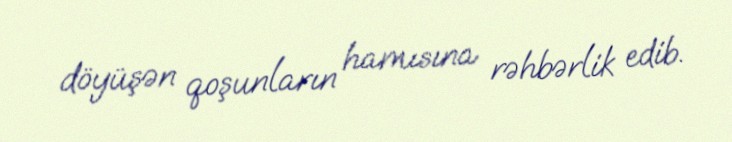
döyüşən qoşunların hamısına rəhbərlik edib.